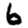
Digit: 6